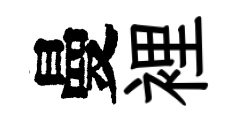
曼裡